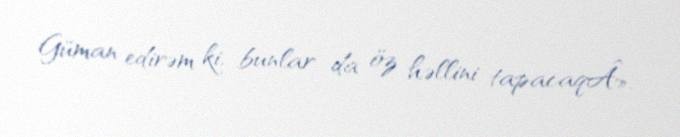
Güman edirəm ki, bunlar da öz həllini tapacaqÂ».